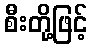
စီးတို့ဖြင့်